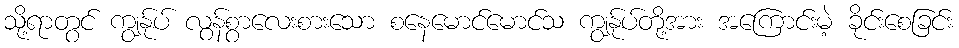
သို့ရာတွင် ကျွန်ုပ် လွန်စွာလေးစားသော စနေမောင်မောင်သ ကျွန်ုပ်တို့အား အကြောင်းမဲ့ ခိုင်းစေခြင်း